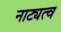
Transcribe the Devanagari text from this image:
नाट्यत्व